38_143685_box7_Incident_Summaries_1-100
Agency: Department of War
Page 68
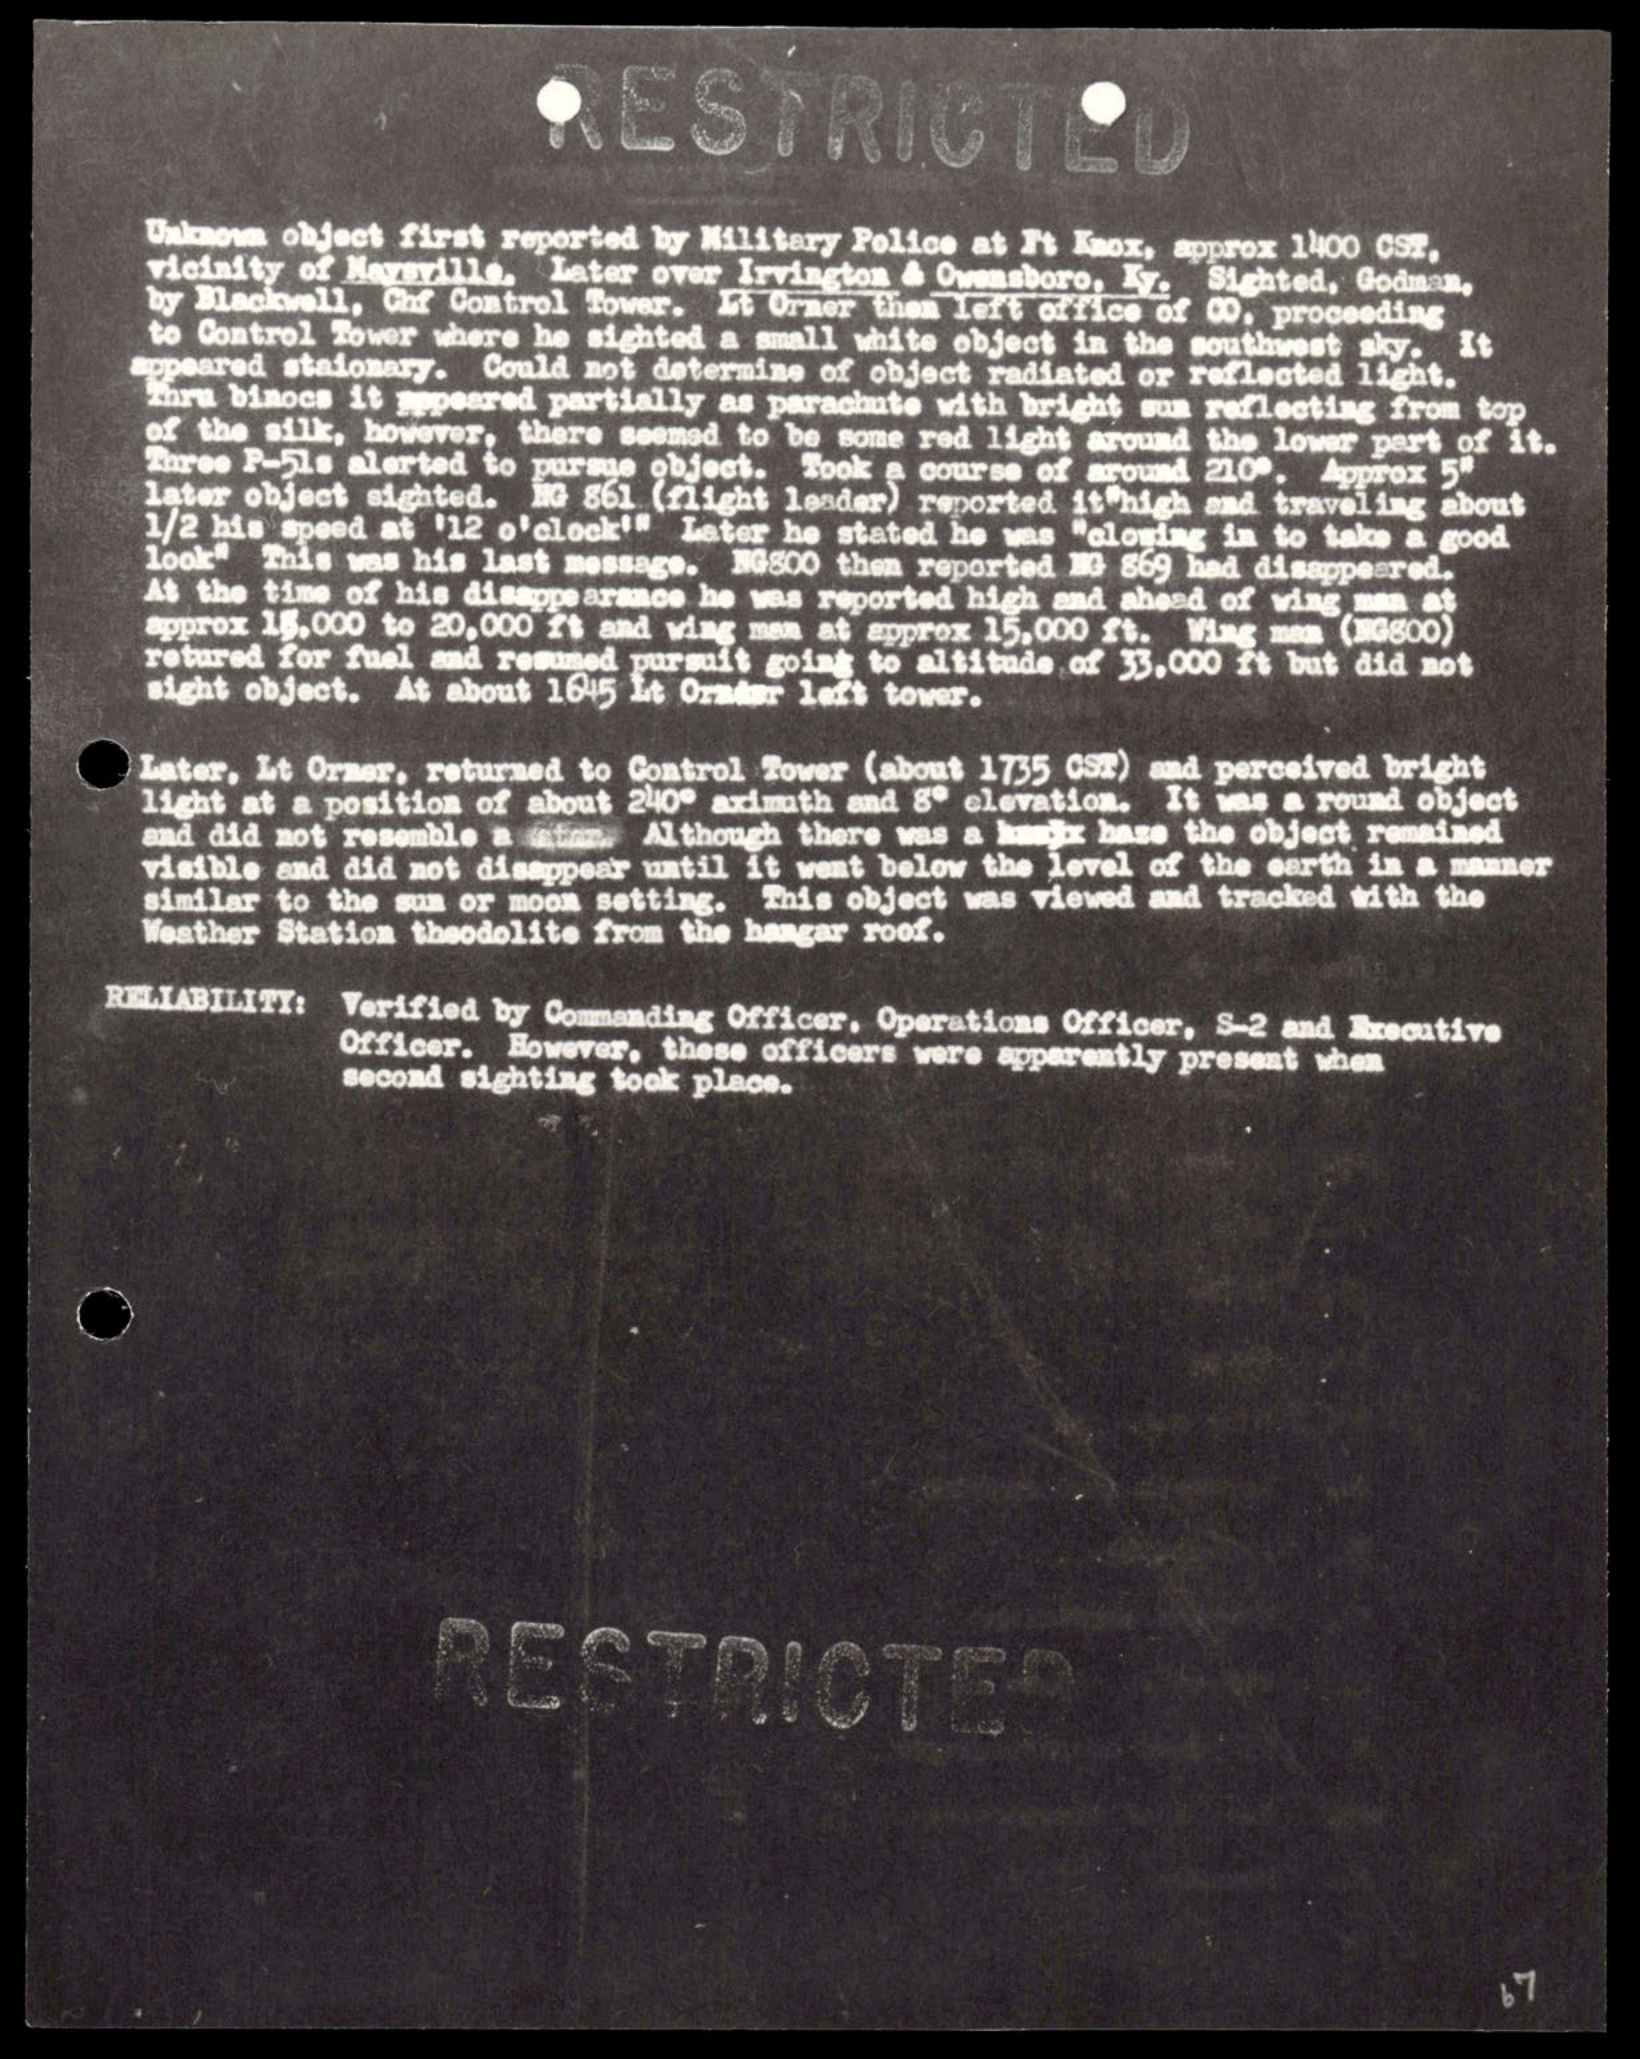